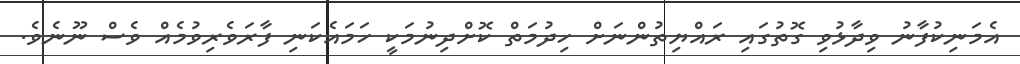
އެމަނިކުފާނު ވިދާޅުވި ގޮތުގައި ރައްޔިތުންނަށް ހިދުމަތް ކޮށްދިނުމަކީ ހަމައެކަނި ފާރަވެރިވުމެއް ވެސް ނޫނެވެ.